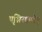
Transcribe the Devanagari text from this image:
पृश्निरक्रमीत्